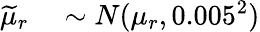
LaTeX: \begin{array}{rl}{\widetilde{\mu}_{r}}&{{}\sim N(\mu_{r},0.005^{2})}\end{array}